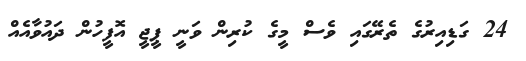
24 ގަޑިއިރުގެ ތެރޭގައި ވެސް މީގެ ކުރިން ވަނީ ޕީޖީ އޮފީހުން ދައުވާއެއް